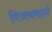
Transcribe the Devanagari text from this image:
विजयमार्ग